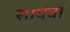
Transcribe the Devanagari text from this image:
सायंबा